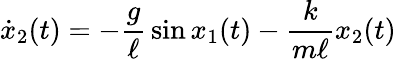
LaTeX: {\dot{x}}_{2}(t)=-{\frac{g}{\ell}}\sin{x_{1}}(t)-{\frac{k}{m\ell}}{x_{2}}(t)